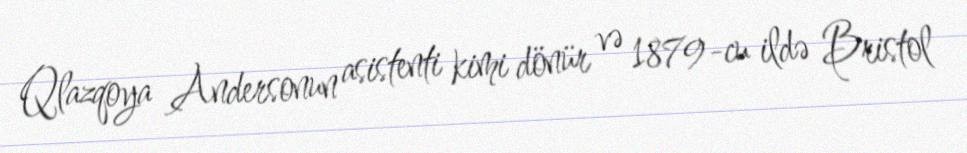
Qlazqoya Andersonun asistenti kimi dönür və 1879-cu ildə Bristol